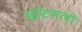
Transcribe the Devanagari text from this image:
बॉटमली